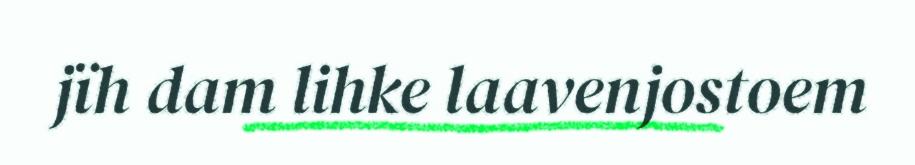
jïh dam lihke laavenjostoem